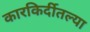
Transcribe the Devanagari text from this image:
कारकिर्दीतल्या